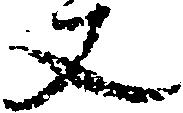
丈